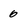
Character: 0